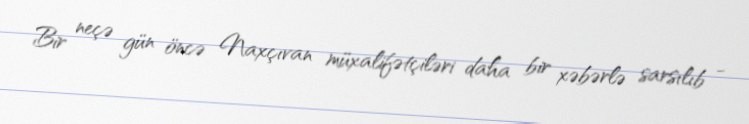
Bir neçə gün öncə Naxçıvan müxalifətçiləri daha bir xəbərlə sarsılıb -